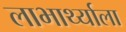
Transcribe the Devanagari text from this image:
लाभार्थ्याला